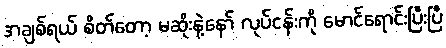
အချစ်ရယ် စိတ်တော့ မဆိုးနဲ့နော် လုပ်ငန်းကို မောင်ရောင်းပြီးပြီ